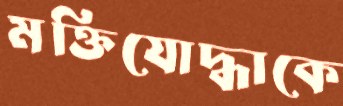
মক্তিযোদ্ধাকে